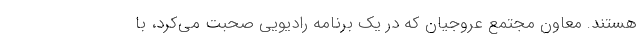
هستند. معاون مجتمع عروجیان که در یک برنامه رادیویی صحبت می‌کرد، با